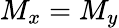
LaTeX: M_{x}=M_{y}